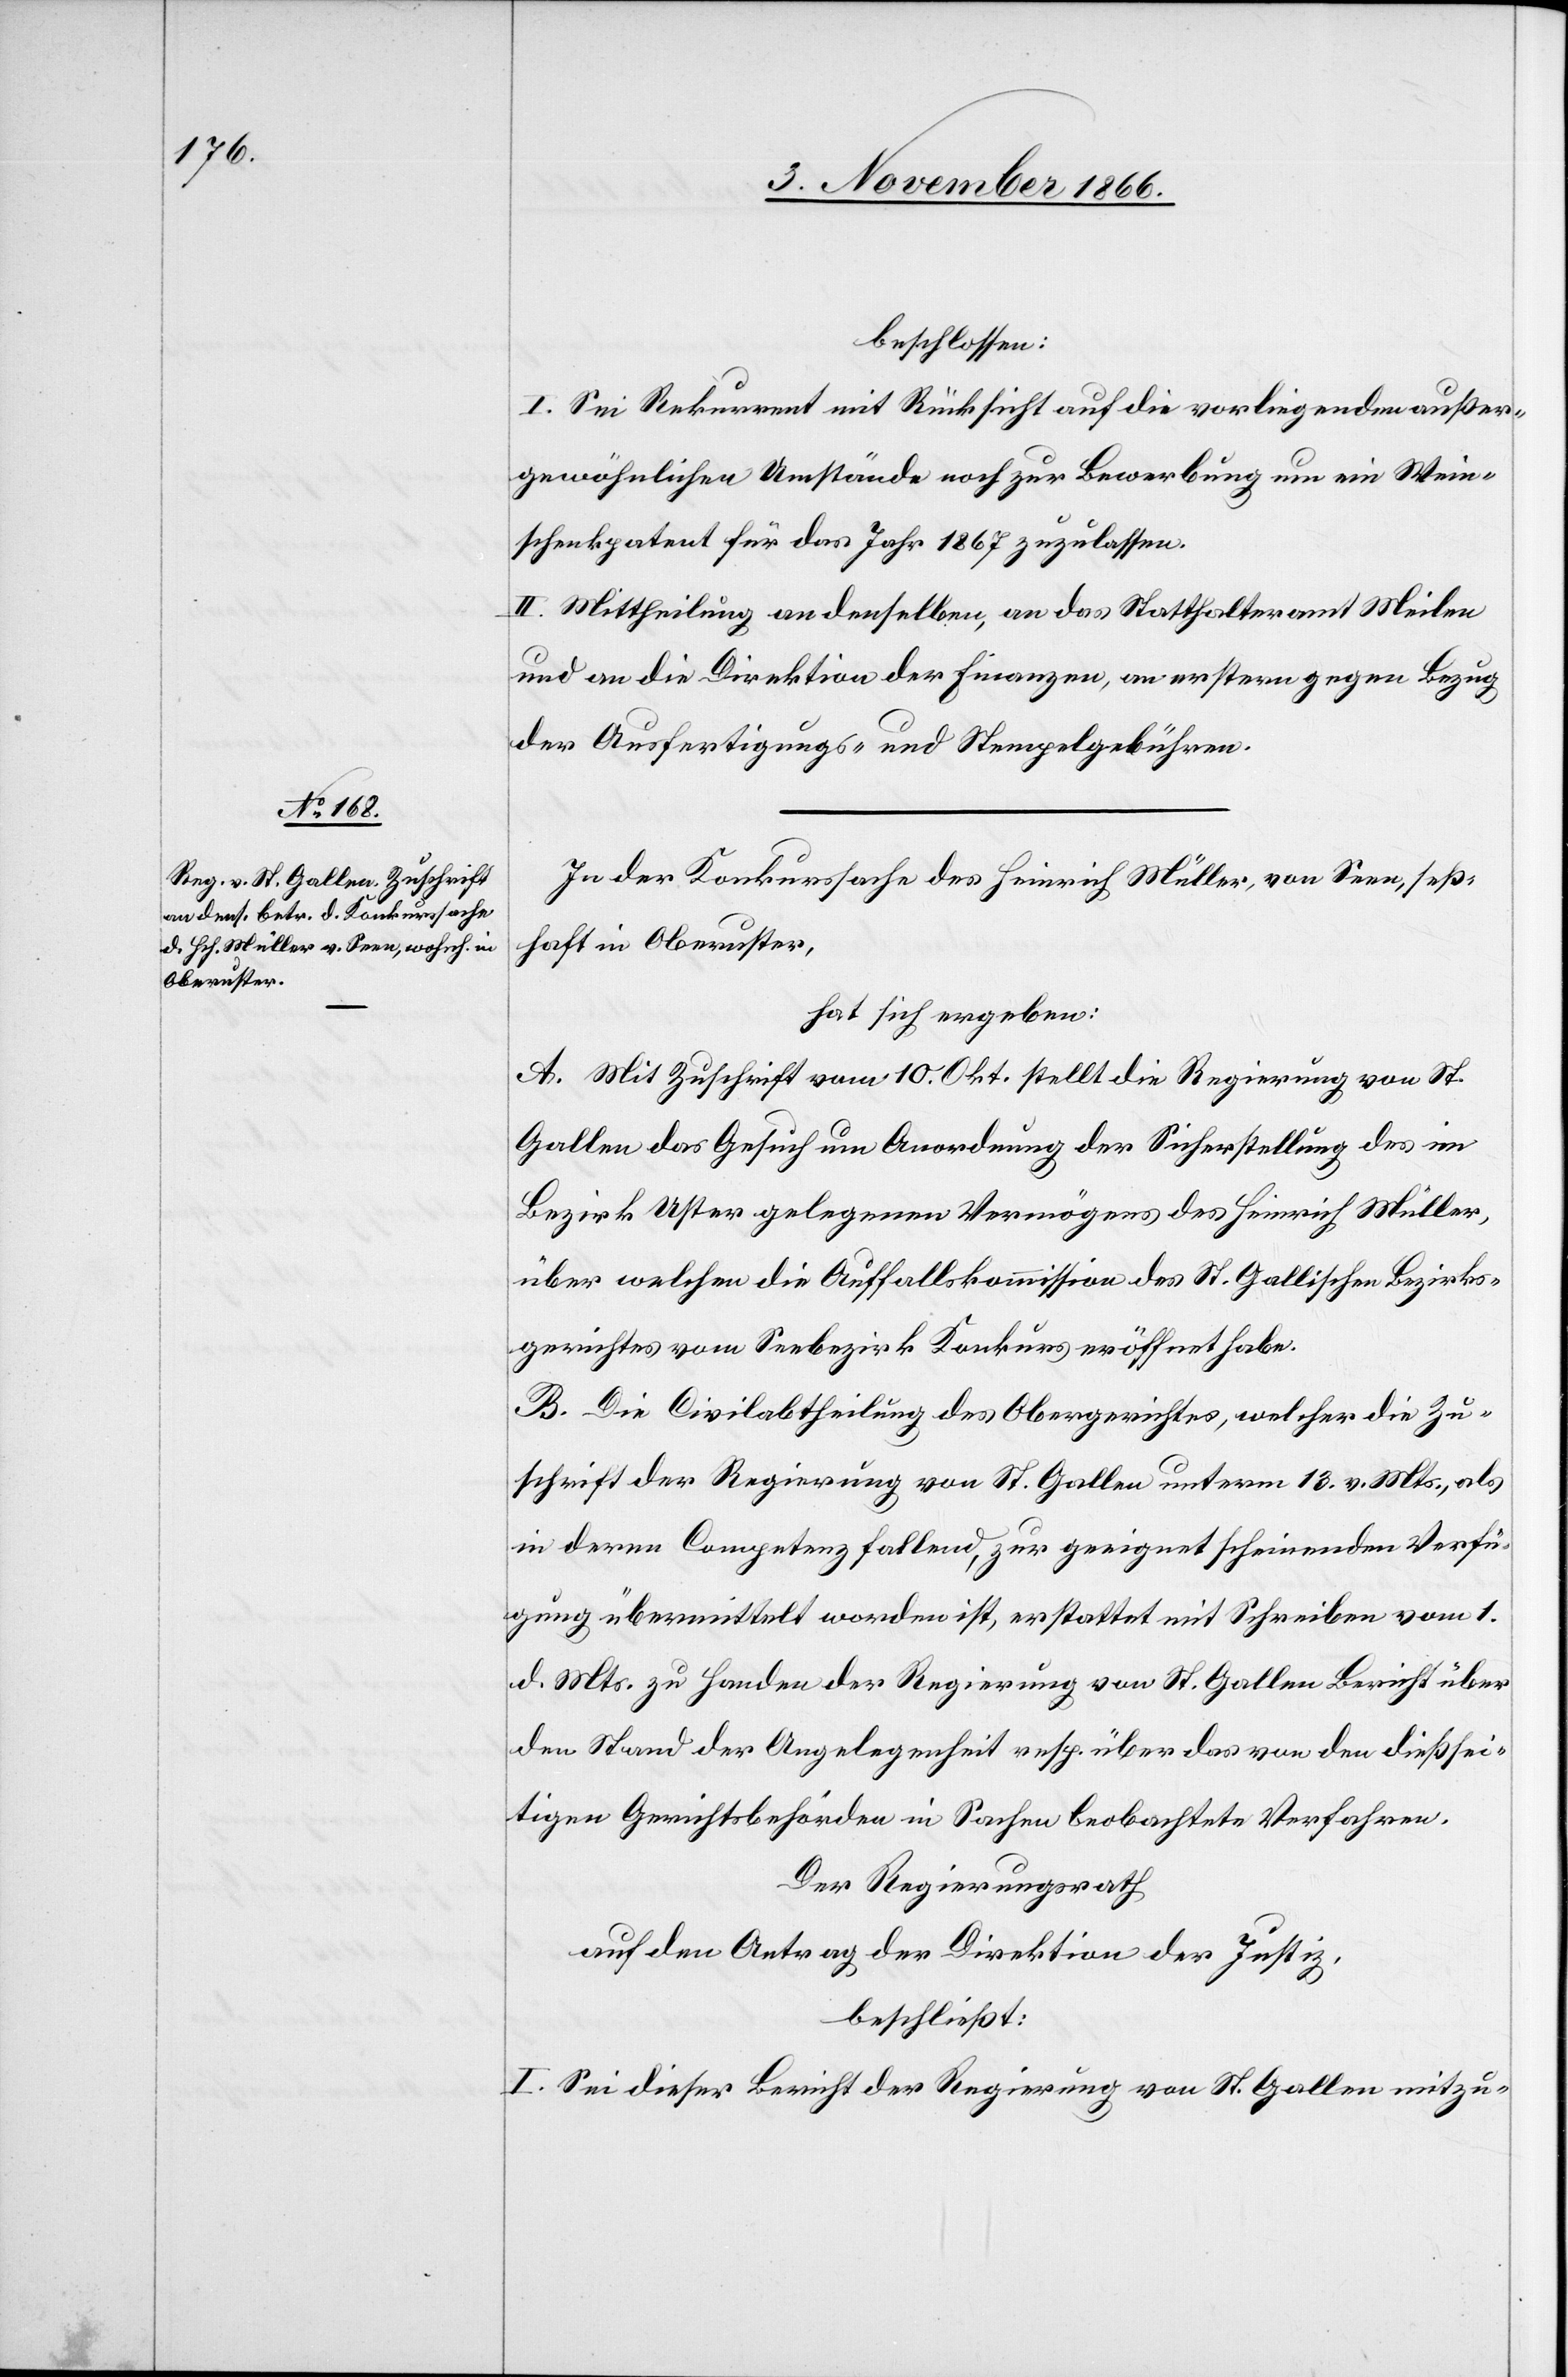
beschlossen:
I. Sei Rekurrent mit Rücksicht auf die vorliegenden außer¬
gewöhnlichen Umstände noch zur Bewerbung um ein Wein¬
schenkpatent für das Jahr 1867 zuzulassen.
II. Mittheilung an denselben, an das Statthalteramt Meilen
und an die Direktion der Finanzen, an erstere gegen Bezug
der Ausfertigungs- und Stempelgebühren.
In der Konkurssache des Heinrich Müller, von Seen, seß¬
haft in Oberuster,
hat sich ergeben:
A. Mit Zuschrift vom 10. Okt. stellt die Regierung von St.
Gallen das Gesuch um Anordnung der Sicherstellung des im
Bezirk Uster gelegenen Vermögens des Heinrich Müller,
über welchen die Auffallskommission des St. Gallischen Bezirks¬
gerichtes vom Seebezirk Konkurs eröffnet habe.
B. Die Civilabtheilung des Obergerichtes, welcher die Zu¬
schrift der Regierung von St. Gallen unterm 13. v. Mts., als
in deren Competenz fallend, zur geeignet scheinenden Verfü¬
gung übermittelt worden ist, erstattet mit Schreiben vom 1.
d. Mts. zu Handen der Regierung von St. Gallen Bericht über
den Stand der Angelegenheit resp. über das von den dießsei¬
tigen Gerichtsbehörden in Sachen beobachtete Verfahren.
Der Regierungsrath
auf den Antrag der Direktion der Justiz,
beschließt:
I. Sei dieser Bericht der Regierung von St. Gallen mitzu-